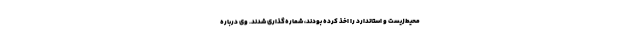
محیط‌زیست و استاندارد را اخذ کرده بودند، شماره‌گذاری شدند. وی درباره